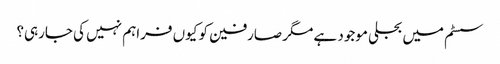
سسٹم میں بجلی موجود ہے مگر صارفین کو کیوں فراہم نہیں کی جارہی؟